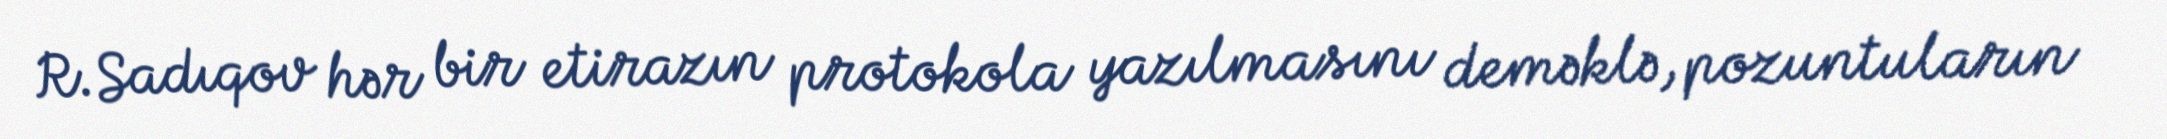
R.Sadıqov hər bir etirazın protokola yazılmasını deməklə, pozuntuların